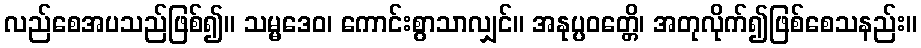
လည်စေအပသည်ဖြစ်၍။ သမ္မဒေဝ၊ ကောင်းစွာသာလျှင်။ အနုပ္ပဝတ္တေိ၊ အတုလိုက်၍ဖြစ်စေသနည်း။